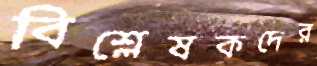
বিশ্লেষকদের